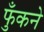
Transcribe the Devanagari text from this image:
फुँकने